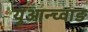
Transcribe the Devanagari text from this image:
युआन्च्वाङ